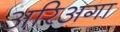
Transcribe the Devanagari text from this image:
अरिअगा